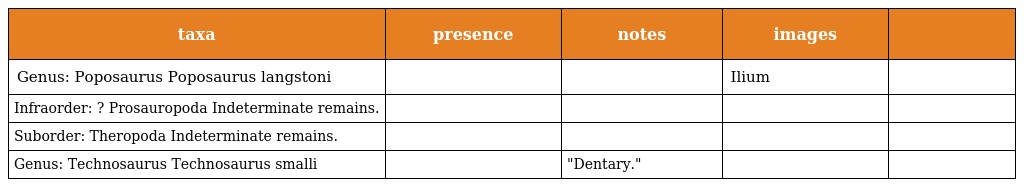
| taxa | presence | notes | images |  |
 | --- | --- | --- | --- | --- |
 | Genus: Poposaurus Poposaurus langstoni |  |  | Ilium |  |
 | Infraorder: ? Prosauropoda Indeterminate remains. |  |  |  |  |
 | Suborder: Theropoda Indeterminate remains. |  |  |  |  |
 | Genus: Technosaurus Technosaurus smalli |  | "Dentary." |  |  |